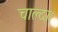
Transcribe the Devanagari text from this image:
चाल्दा।